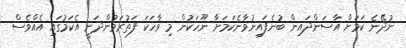
ނުދޭނެ ކަމަށް އާސަންދައިން ބުނެފައިނުވާނެކަމަށާ ނޫހަކުން މި ވާހަކަ ފަތުރަމުންދަނީ އެކަމުގައި އެއްވެސް